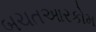
બચતઆરકોમ